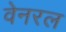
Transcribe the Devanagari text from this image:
वेनरल